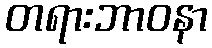
တရားဘာဝနာ